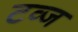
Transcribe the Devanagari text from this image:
टव्ज